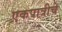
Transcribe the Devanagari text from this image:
एकपात्रीचे